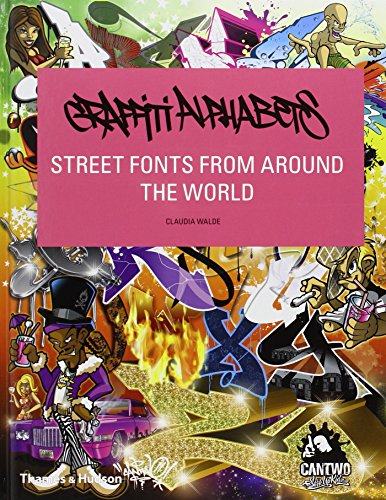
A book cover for Graffiti Alphabets: Street Fonts from Around the World; Claudia Walde; Arts & Photography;